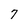
Character: 7